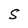
Character: S